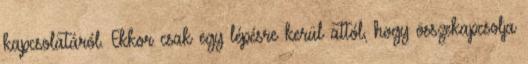
kapcsolatáról. Ekkor csak egy lépésre kerül attól, hogy összekapcsolja